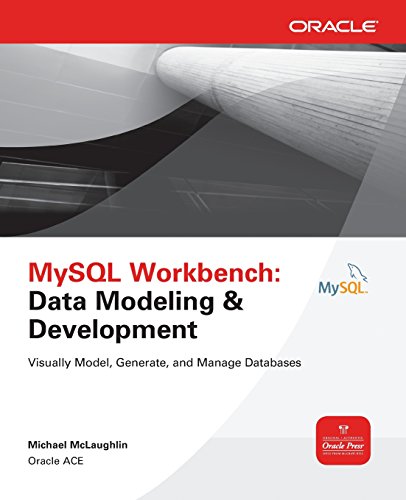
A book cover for MySQL Workbench: Data Modeling & Development (Oracle Press); Michael McLaughlin; Computers & Technology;